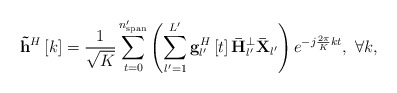
\begin{align*} {{{\bf{\tilde h}}}^H}\left[ k \right] = \frac{1}{{\sqrt K }}\sum\limits_{t = 0}^{{n'_{{\rm{span}}}}} {\left( {\sum\limits_{l' = 1}^{L'} {{\bf{g}}_{l'}^H\left[ t \right]{\bf{\bar H}}_{l'}^ \bot {{{\bf{\bar X}}}_{l'}}} } \right){e^{ - j\frac{{2\pi }}{K}kt}}} , \ \forall k, \end{align*}